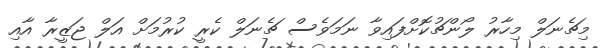
މިޗެނަލް މިހާރު ލޯންޗުކޮށްފައިވާ ނަމަވެސް ޗެނަލް ކެރީ ކުރުމަށް އަލް ޖަޒީރާ އާއި